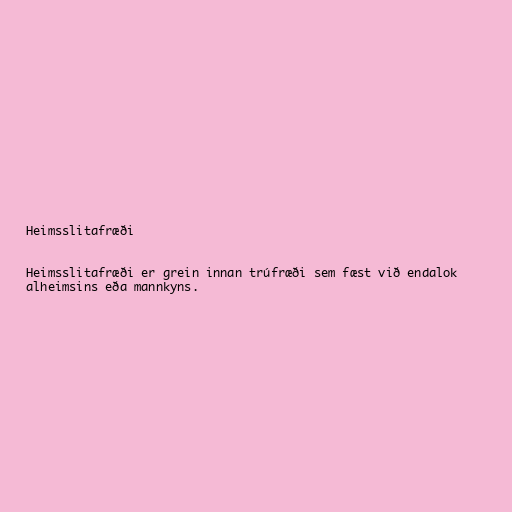
Heimsslitafræði

Heimsslitafræði er grein innan trúfræði sem fæst við endalok
alheimsins eða mannkyns.